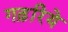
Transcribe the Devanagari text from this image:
गढ़रिये